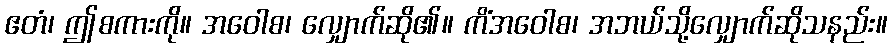
ဧတံ၊ ဤစကားကို။ အဝေါစ၊ လျှောက်ဆို၏။ ကိံအဝေါစ၊ အဘယ်သို့လျှောက်ဆိုသနည်း။